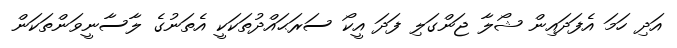
އަދި ހަމަ އެފަދައިން ޝޯލާ ޖަންގަލި ފަދަ އީކޯ ސަރަޙައްދުތަކަކީ އެތަނުގެ ލާސާނީވަންތަކަން